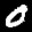
Label: 0